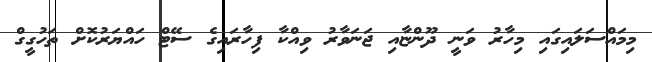
މިމައްސަލައިގައި މިހާރު ވަނީ ދޫންޏާއި ޖަނަވާރު ވިއްކާ ފިހާރައިގެ ސޭޓް ހައްޔަރުކޮށް ތަހުގީގް